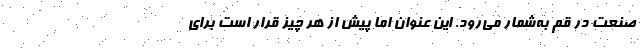
صنعت در قم به‌شمار می‌رود. این عنوان اما پیش از هر چیز قرار است برای